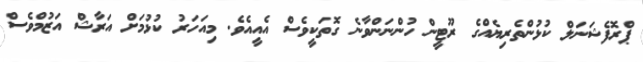
ޕްރޮފެޝަނަލް ކުޅުންތެރިޔެއްގެ ރޫޓީން ހުންނަންވާނެ ގޮތަކީވެސް އެއީއެވެ. މިއަހަރު ކުޅުމަށް އަރާޝް އަޒުމްވެސް